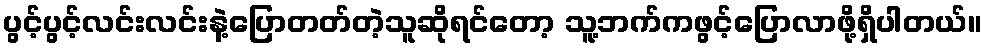
ပွင့်ပွင့်လင်းလင်းနဲ့ပြောတတ်တဲ့သူဆိုရင်တော့ သူ့ဘက်ကဖွင့်ပြောလာဖို့ရှိပါတယ်။